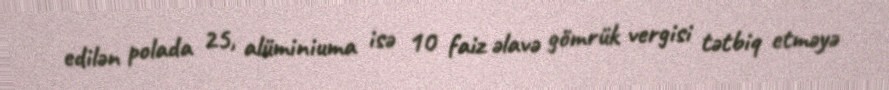
edilən polada 25, alüminiuma isə 10 faiz əlavə gömrük vergisi tətbiq etməyə